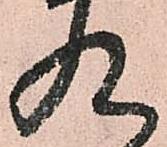
九